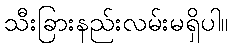
သီးခြားနည်းလမ်းမရှိပါ။